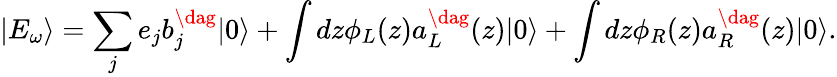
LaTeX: |{E_{\omega}}\rangle=\sum_{j}^{}{{e_{j}}b_{j}^{\dag}|0\rangle}+\int{dz{\phi_{L}}(z)a_{L}^{\dag}(z)|0\rangle}+\int{dz{\phi_{R}}(z)a_{R}^{\dag}(z)|0\rangle}.